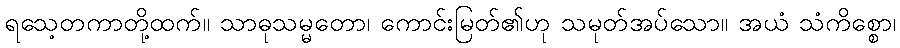
ရသေ့တကာတို့ထက်။ သာဓုသမ္မတော၊ ကောင်းမြတ်၏ဟု သမုတ်အပ်သော။ အယံ သံကိစ္စော၊